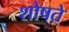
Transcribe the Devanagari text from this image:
शोषते